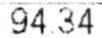
94.34